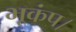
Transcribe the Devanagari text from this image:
भूकंप।